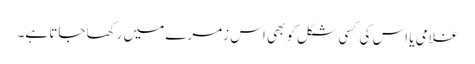
غلامی یا اس کی کسی شکل کو بھی اس زمرے میں رکھا جاتا ہے۔